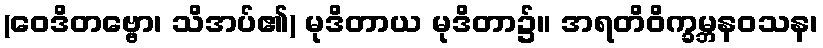
(ဝေဒိတဗ္ဗော၊ သိအပ်၏) မုဒိတာယ မုဒိတာ၌။ အရတိဝိက္ခမ္ဘနဝသန၊